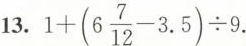
13.$$1 + ( 6 \frac{7}{12} - 3 . 5 ) \div